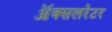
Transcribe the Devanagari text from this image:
ॲक्सलरेटर